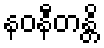
နဝနီတန္တိ